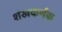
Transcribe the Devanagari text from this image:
शंखकर्णक